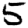
Digit: 5